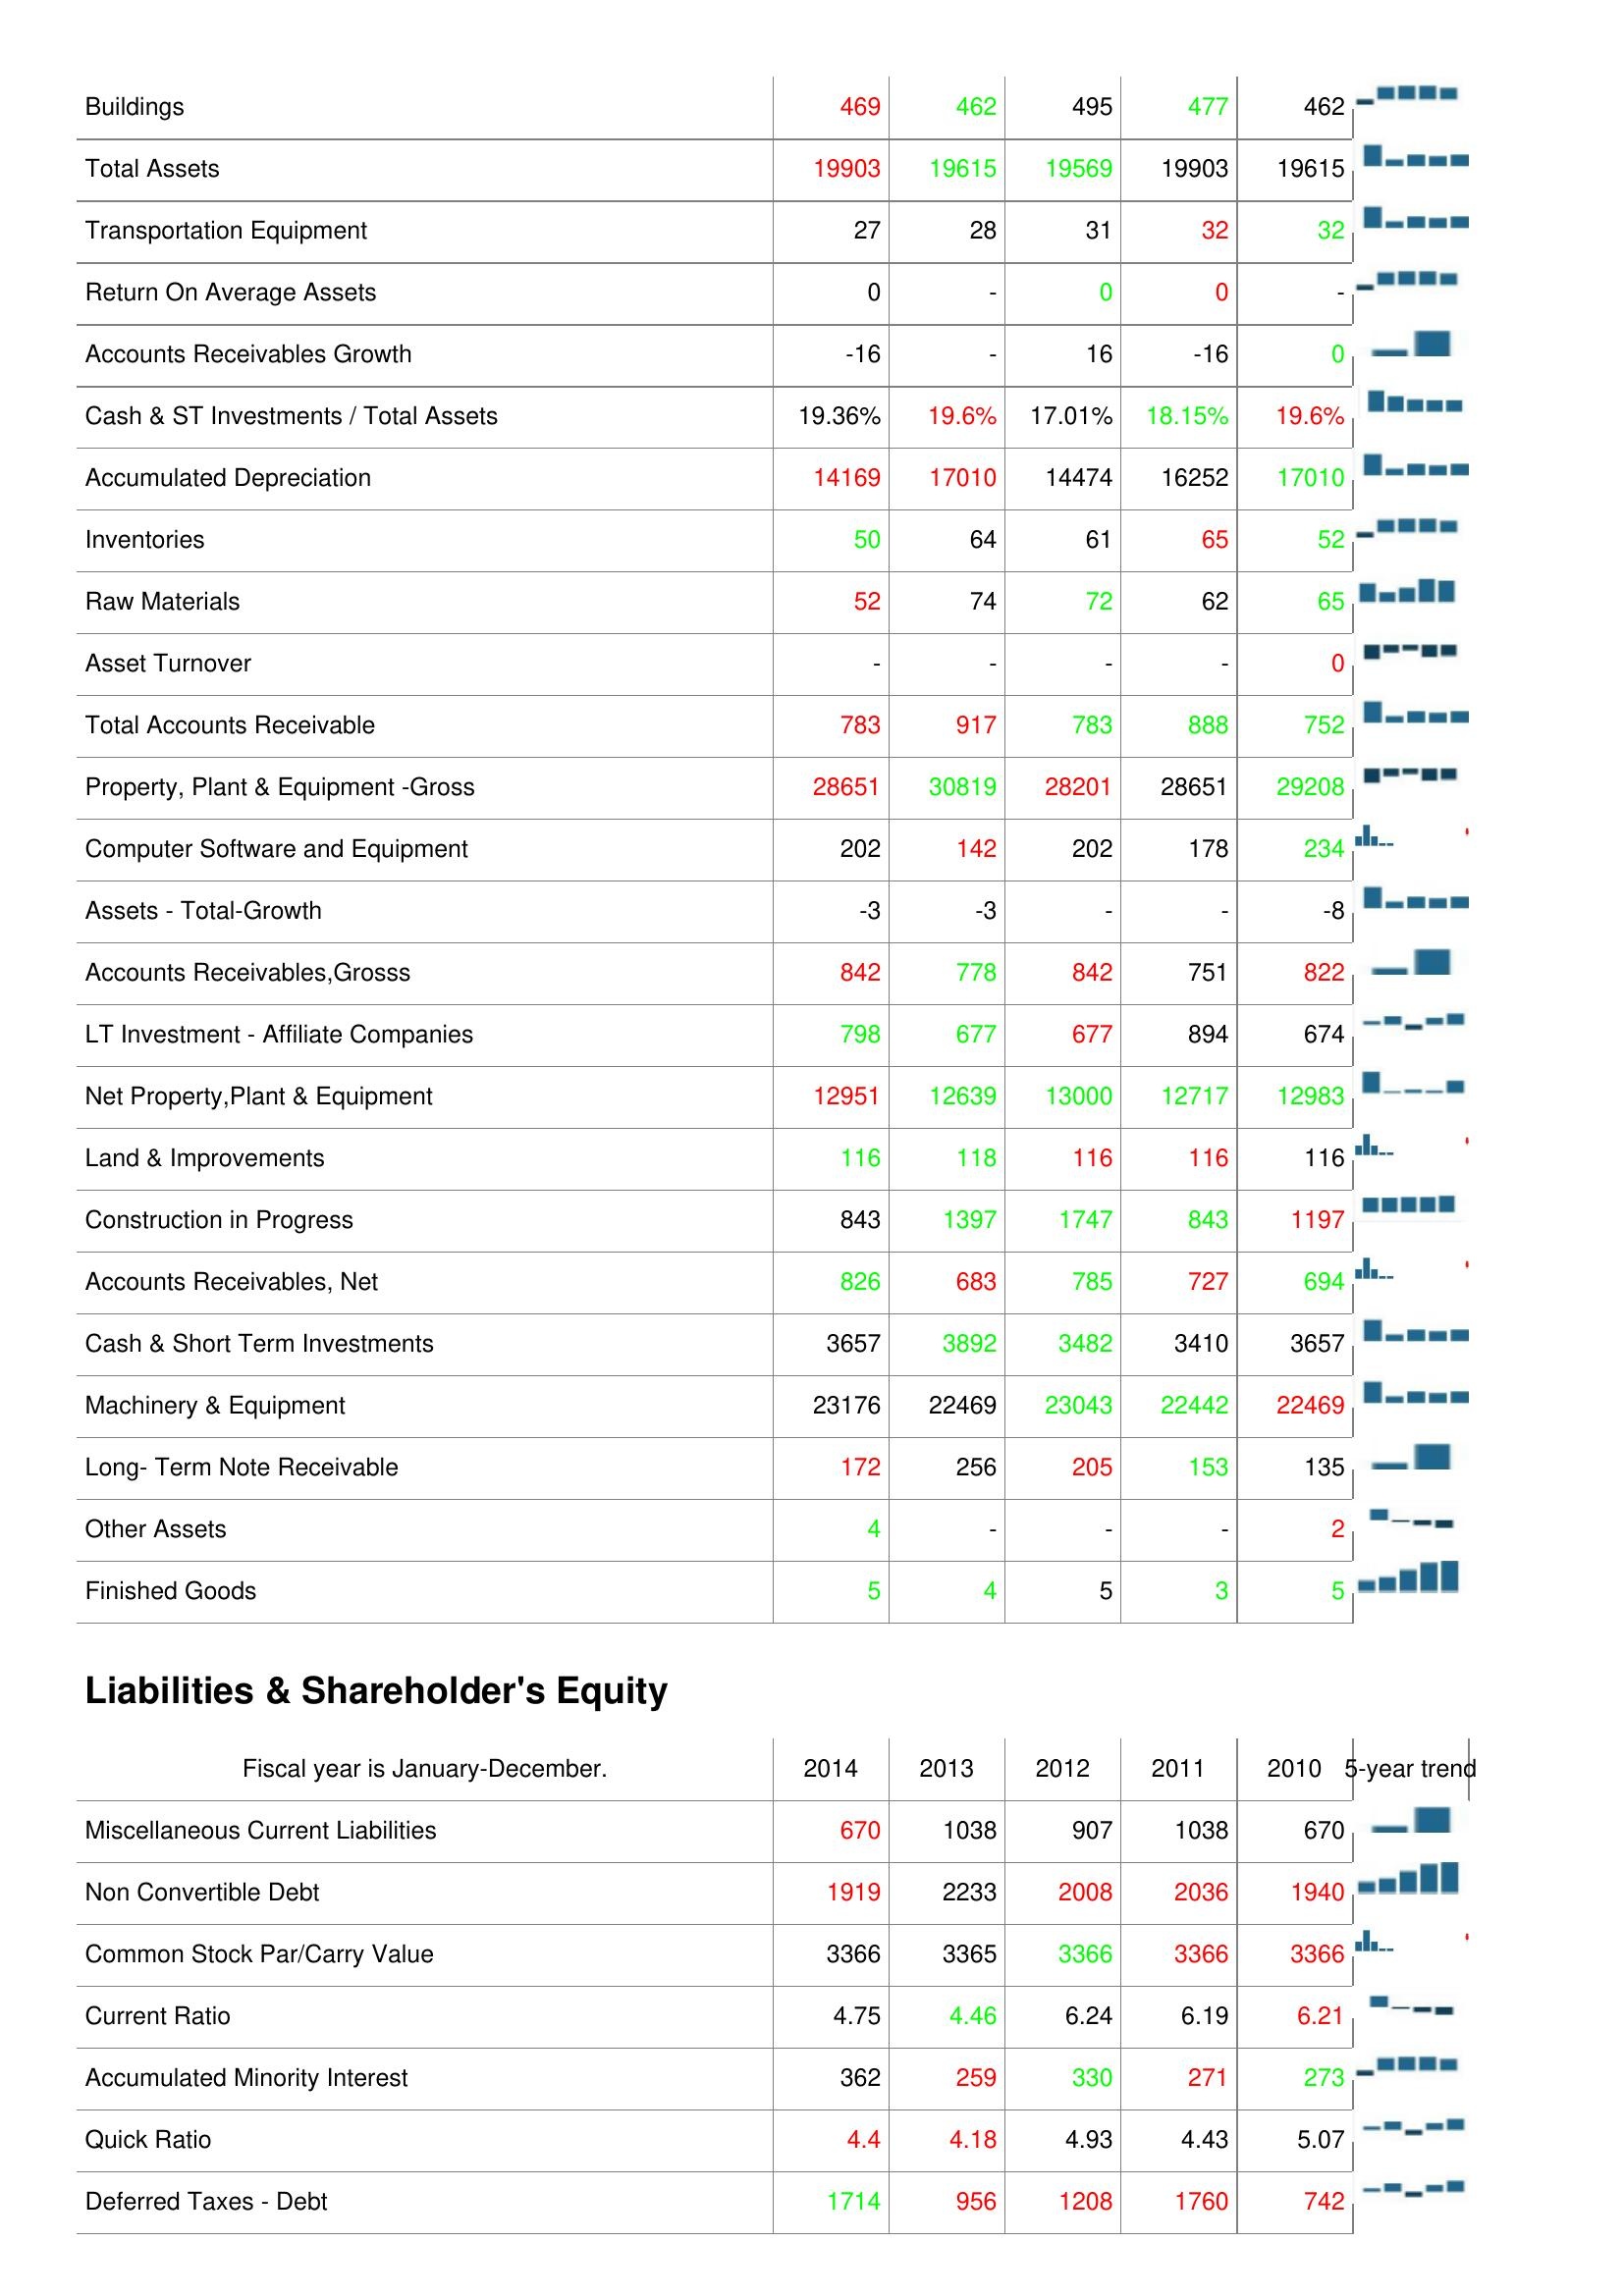
2014: Assets: Buildings: 469
Total Assets: 19903
Transportation Equipment: 27
Return On Average Assets: 0
Accounts Receivables Growth: -16
Cash & ST Investments / Total Assets: 19.36%
Accumulated Depreciation: 14169
Inventories: 50
Raw Materials: 52
Asset Turnover: -
Total Accounts Receivable: 783
Property, Plant & Equipment -Gross: 28651
Computer Software and Equipment: 202
Assets - Total-Growth: -3
Accounts Receivables,Grosss: 842
LT Investment - Affiliate Companies: 798
Net Property,Plant & Equipment: 12951
Land & Improvements: 116
Construction in Progress: 843
Accounts Receivables, Net: 826
Cash & Short Term Investments: 3657
Machinery & Equipment: 23176
Long- Term Note Receivable: 172
Other Assets: 4
Finished Goods: 5
Liabilities & Shareholder's Equity: Miscellaneous Current Liabilities: 670
Non Convertible Debt: 1919
Common Stock Par/Carry Value: 3366
Current Ratio: 4.75
Accumulated Minority Interest: 362
Quick Ratio: 4.4
Deferred Taxes - Debt: 1714
2013: Assets: Buildings: 462
Total Assets: 19615
Transportation Equipment: 28
Return On Average Assets: -
Accounts Receivables Growth: -
Cash & ST Investments / Total Assets: 19.6%
Accumulated Depreciation: 17010
Inventories: 64
Raw Materials: 74
Asset Turnover: -
Total Accounts Receivable: 917
Property, Plant & Equipment -Gross: 30819
Computer Software and Equipment: 142
Assets - Total-Growth: -3
Accounts Receivables,Grosss: 778
LT Investment - Affiliate Companies: 677
Net Property,Plant & Equipment: 12639
Land & Improvements: 118
Construction in Progress: 1397
Accounts Receivables, Net: 683
Cash & Short Term Investments: 3892
Machinery & Equipment: 22469
Long- Term Note Receivable: 256
Other Assets: -
Finished Goods: 4
Liabilities & Shareholder's Equity: Miscellaneous Current Liabilities: 1038
Non Convertible Debt: 2233
Common Stock Par/Carry Value: 3365
Current Ratio: 4.46
Accumulated Minority Interest: 259
Quick Ratio: 4.18
Deferred Taxes - Debt: 956
2012: Assets: Buildings: 495
Total Assets: 19569
Transportation Equipment: 31
Return On Average Assets: 0
Accounts Receivables Growth: 16
Cash & ST Investments / Total Assets: 17.01%
Accumulated Depreciation: 14474
Inventories: 61
Raw Materials: 72
Asset Turnover: -
Total Accounts Receivable: 783
Property, Plant & Equipment -Gross: 28201
Computer Software and Equipment: 202
Assets - Total-Growth: -
Accounts Receivables,Grosss: 842
LT Investment - Affiliate Companies: 677
Net Property,Plant & Equipment: 13000
Land & Improvements: 116
Construction in Progress: 1747
Accounts Receivables, Net: 785
Cash & Short Term Investments: 3482
Machinery & Equipment: 23043
Long- Term Note Receivable: 205
Other Assets: -
Finished Goods: 5
Liabilities & Shareholder's Equity: Miscellaneous Current Liabilities: 907
Non Convertible Debt: 2008
Common Stock Par/Carry Value: 3366
Current Ratio: 6.24
Accumulated Minority Interest: 330
Quick Ratio: 4.93
Deferred Taxes - Debt: 1208
2011: Assets: Buildings: 477
Total Assets: 19903
Transportation Equipment: 32
Return On Average Assets: 0
Accounts Receivables Growth: -16
Cash & ST Investments / Total Assets: 18.15%
Accumulated Depreciation: 16252
Inventories: 65
Raw Materials: 62
Asset Turnover: -
Total Accounts Receivable: 888
Property, Plant & Equipment -Gross: 28651
Computer Software and Equipment: 178
Assets - Total-Growth: -
Accounts Receivables,Grosss: 751
LT Investment - Affiliate Companies: 894
Net Property,Plant & Equipment: 12717
Land & Improvements: 116
Construction in Progress: 843
Accounts Receivables, Net: 727
Cash & Short Term Investments: 3410
Machinery & Equipment: 22442
Long- Term Note Receivable: 153
Other Assets: -
Finished Goods: 3
Liabilities & Shareholder's Equity: Miscellaneous Current Liabilities: 1038
Non Convertible Debt: 2036
Common Stock Par/Carry Value: 3366
Current Ratio: 6.19
Accumulated Minority Interest: 271
Quick Ratio: 4.43
Deferred Taxes - Debt: 1760
2010: Assets: Buildings: 462
Total Assets: 19615
Transportation Equipment: 32
Return On Average Assets: -
Accounts Receivables Growth: 0
Cash & ST Investments / Total Assets: 19.6%
Accumulated Depreciation: 17010
Inventories: 52
Raw Materials: 65
Asset Turnover: 0
Total Accounts Receivable: 752
Property, Plant & Equipment -Gross: 29208
Computer Software and Equipment: 234
Assets - Total-Growth: -8
Accounts Receivables,Grosss: 822
LT Investment - Affiliate Companies: 674
Net Property,Plant & Equipment: 12983
Land & Improvements: 116
Construction in Progress: 1197
Accounts Receivables, Net: 694
Cash & Short Term Investments: 3657
Machinery & Equipment: 22469
Long- Term Note Receivable: 135
Other Assets: 2
Finished Goods: 5
Liabilities & Shareholder's Equity: Miscellaneous Current Liabilities: 670
Non Convertible Debt: 1940
Common Stock Par/Carry Value: 3366
Current Ratio: 6.21
Accumulated Minority Interest: 273
Quick Ratio: 5.07
Deferred Taxes - Debt: 742